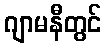
ဂျာမနီတွင်